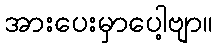
အားပေးမှာပေါ့ဗျာ။